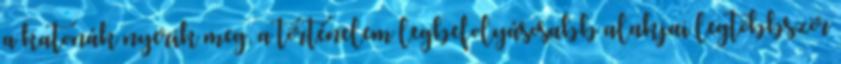
a katonák nyerik meg, a történelem legbefolyásosabb alakjai legtöbbször